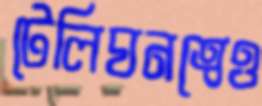
টেলিঘনত্বেও